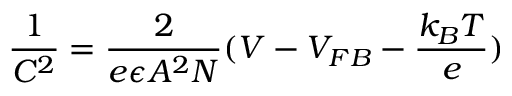
\frac { 1 } { C ^ { 2 } } = \frac { 2 } { e \epsilon A ^ { 2 } N } ( V - V _ { F B } - \frac { k _ { B } T } { e } )